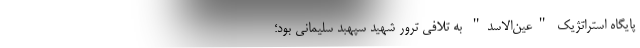
پایگاه استراتژیک "عین‌الاسد" به تلافی ترور شهید سپهبد سلیمانی بود؛